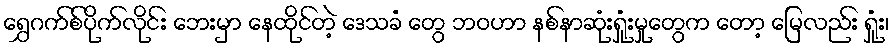
ရွှေဂက်စ်ပိုက်လိုင်း ဘေးမှာ နေထိုင်တဲ့ ဒေသခံ တွေ ဘဝဟာ နစ်နာဆုံးရှုံးမှုတွေက တော့ မြေလည်း ရှုံး၊